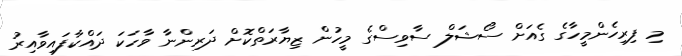
މި ފިރިހެންމީހާގެ ގެއަށް ސޯޝަލް ސާވިސްގެ މީހުން ޒިޔާރަތްކޮށް ދަރިންނާ ވާހަކަ ދައްކާފައިވާއިރު